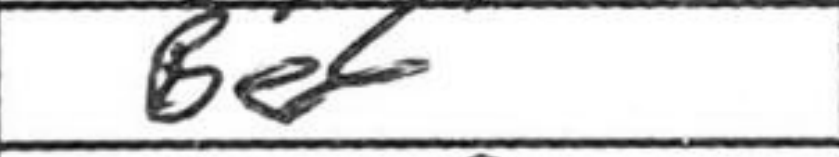
Transcription: Be6